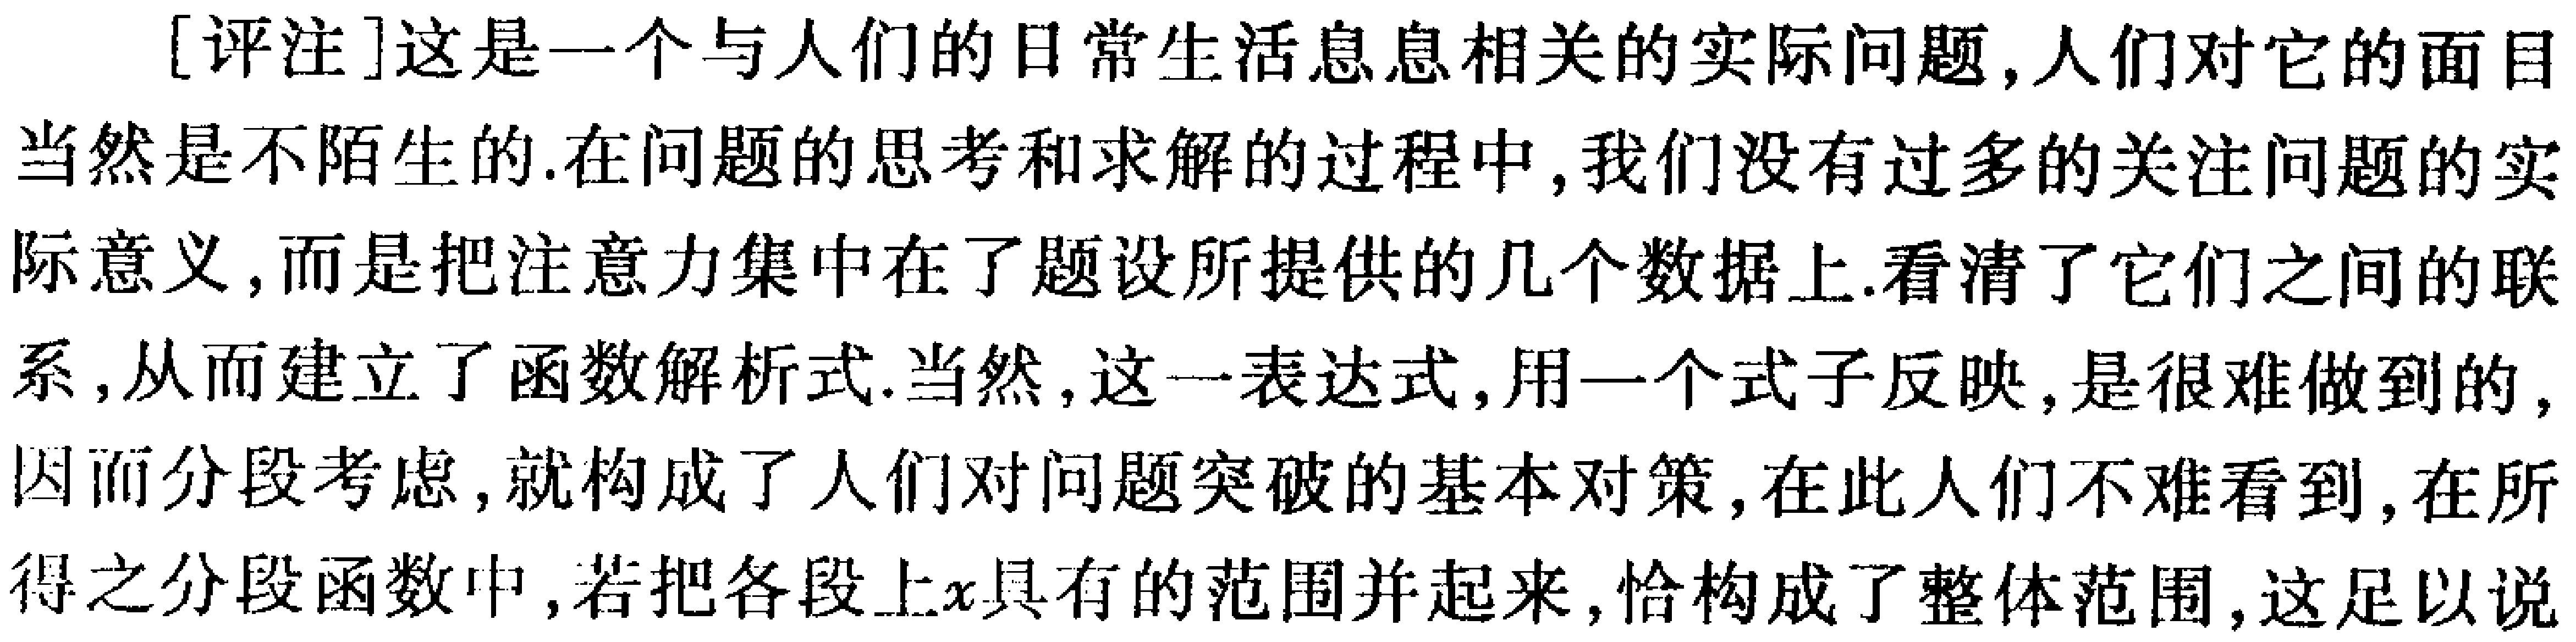
[评注]这是一个与人们的日常生活息息相关的实际问题,人们对它的面目当然是不陌生的.在问题的思考和求解的过程中,我们没有过多的关注问题的实际意义,而是把注意力集中在了题设所提供的几个数据上.看清了它们之间的联系,从而建立了函数解析式.当然,这一表达式,用一个式子反映,是很难做到的,因而分段考虑,就构成了人们对问题突破的基本对策,在此人们不难看到,在所得之分段函数中,若把各段上\(x\)具有的范围并起来,恰构成了整体范围,这足以说